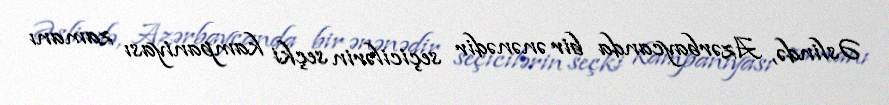
Əslində, Azərbaycanda bir ənənədir seçicilərin seçki kampaniyası zamanı